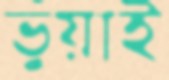
ভুঁয়াই